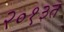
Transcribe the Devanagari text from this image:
२०१३त